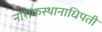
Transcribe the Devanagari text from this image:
नाशकस्थानाधिपती